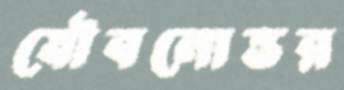
যৌবনোত্তর